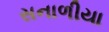
સનાળીયા